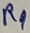
Text: R9